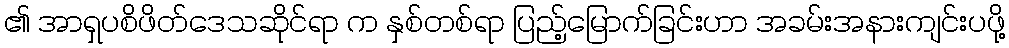
၏ အာရှပစိဖိတ်ဒေသဆိုင်ရာ က နှစ်တစ်ရာ ပြည့်မြောက်ခြင်းဟာ အခမ်းအနားကျင်းပဖို့